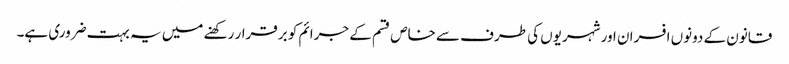
قانون کے دونوں افسران اور شہریوں کی طرف سے خاص قسم کے جرائم کو برقرار رکھنے میں یہ بہت ضروری ہے۔